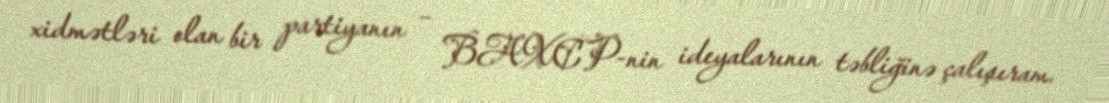
xidmətləri olan bir partiyanın – BAXCP-nin ideyalarının təbliğinə çalışıram.